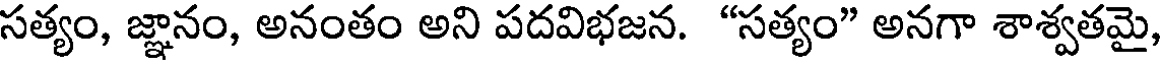
సత్యం, జ్ఞానం, అనంతం అని పదవిభజన. "సత్యం" అనగా శాశ్వతమై,